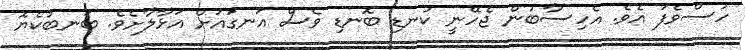
ހުސްވެފަ އެވެ. އެހިސާބުން ޖެހޭނީ ކުނޑި ބޮނޑި ވެސް އަނގައަށް އަޅާލާށެވެ. ބަނބުކެޔޮ